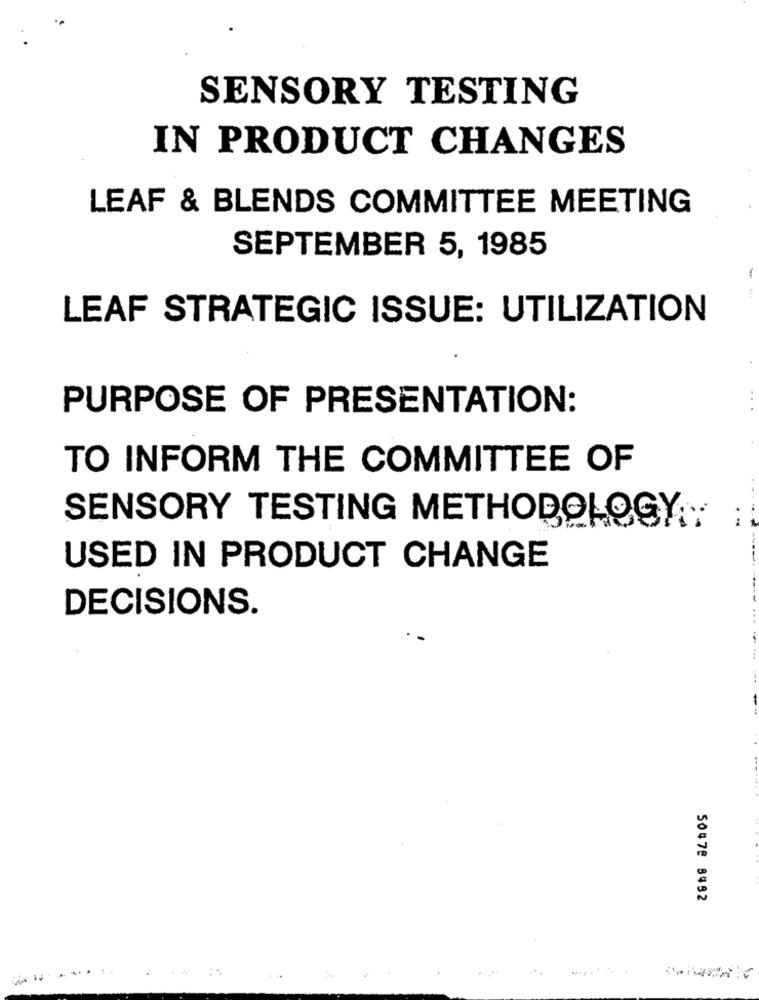
SENSORY TESTING
IN PRODUCT CHANGES
LEAF & BLENDS COMMITTEE MEETING
SEPTEMBER 5, 1985
LEAF STRATEGIC ISSUE: UTILIZATION
PURPOSE OF PRESENTATION:
...
TO INFORM THE COMMITTEE OF
SENSORY TESTING METHODOLOGY
USED IN PRODUCT CHANGE
DECISIONS.
50478 8492
.....